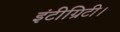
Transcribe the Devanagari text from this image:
इंटीग्रिटी।